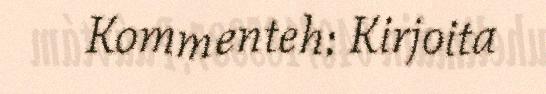
Kommenteh: Kirjoita